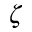
\boldsymbol { \zeta }